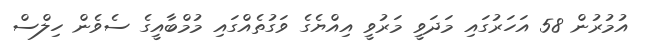
އުމުރުން 58 އަހަރުގައި މަދަވީ މަރުވީ އިއްޔެގެ ވަގުތެއްގައި މުމްބާއީގެ ސެވެން ހިލްސް